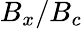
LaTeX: B_{x}/B_{c}